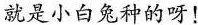
就是小白兔种的呀！